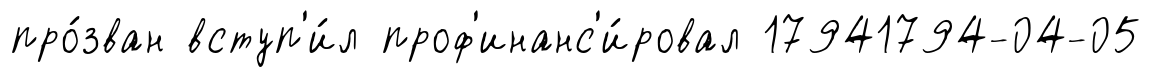
про́зван вступ'и́л проф'инанс'и́ровал 17941794-04-05